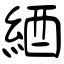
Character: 綇